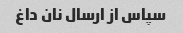
سپاس از ارسال نان داغ